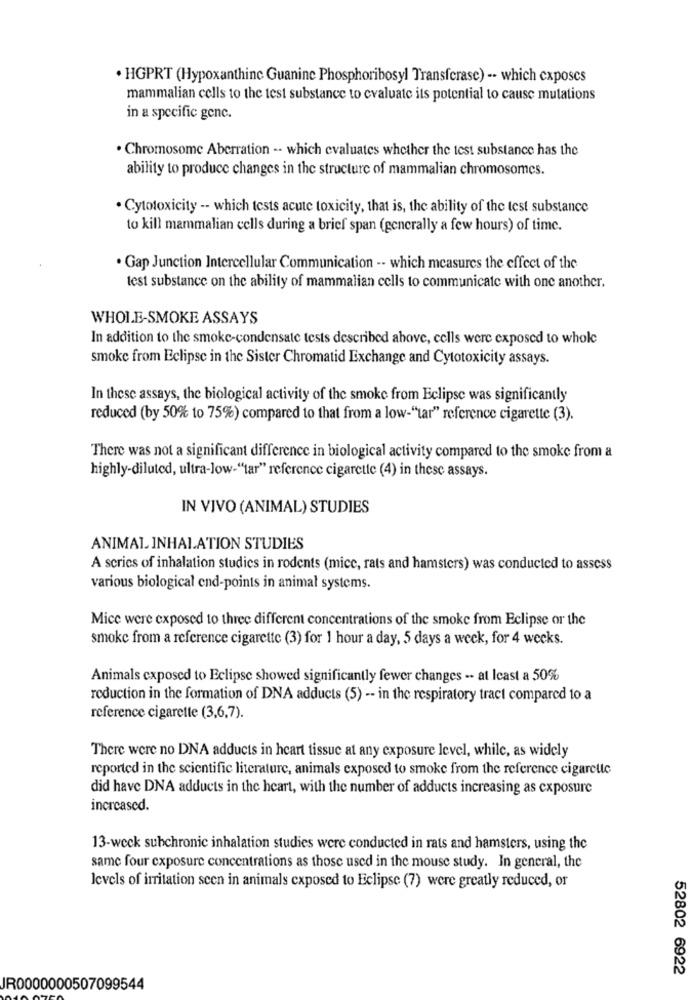
. HGPRT (Hypoxanthinc Guanine Phosphoribosyl Transferase) -- which exposes
mammalian cells to the test substance to evaluate its potential to cause mutations
in a specific genc.
. Chromosome Aberration -- which evaluates whether the test substance has the
ability to produce changes in the structure of mammalian chromosomes.
. Cytotoxicity -- which tests acute toxicity, that is, the ability of the test substance
to kill mammalian cells during a brief span (generally a few hours) of time.
. Gap Junction Intercellular Communication -- which measures the effect of the
test substance on the ability of mammalian cells to communicate with one another.
WHOLE-SMOKE ASSAYS
In addition to the smoke-condensate tests described above, cells were exposed to whole
smoke from Eclipse in the Sister Chromatid Exchange and Cytotoxicity assays.
In these assays, the biological activity of the smoke from Eclipse was significantly
reduced (by 50% to 75%) compared to that from a low-"tar" reference cigarette (3).
There was not a significant difference in biological activity compared to the smoke from a
highly-diluted, ultra-low-"tar" reference cigarette (4) in these assays.
IN VIVO (ANIMAL) STUDIES
ANIMAL INHALATION STUDIES
A series of inhalation studies in rodents (mice, rats and hamsters) was conducted to assess
various biological end-points in animal systems.
Mice were exposed to three different concentrations of the smoke from Eclipse or the
smoke from a reference cigarette (3) for 1 hour a day, 5 days a week, for 4 weeks.
Animals exposed to Eclipse showed significantly fewer changes -- at least a 50%
reduction in the formation of DNA adducts (5) -- in the respiratory tract compared 10 a
reference cigarette (3,6,7).
There were no DNA adducts in heart tissue at any exposure level, while, as widely
reported in the scientific literature, animals exposed to smoke from the reference cigarette
did have DNA adducts in the heart, with the number of adducts increasing as exposure
increased.
13-weck subchronic inhalation studies were conducted in rats and hamsters, using the
same four exposure concentrations as those used in the mouse study. In general, the
levels of irritation seen in animals exposed to Eclipse (7) were greatly reduced, or
52802 6922
JR0000000507099544